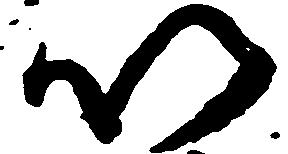
以